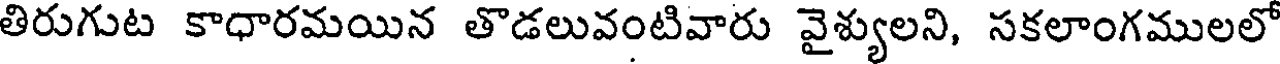
తిరుగుట కాధారమయిన తొడలువంటివారు వైశ్యులని, సకలాంగములలో